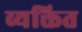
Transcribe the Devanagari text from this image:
व्यक्तित